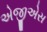
એજીએસ